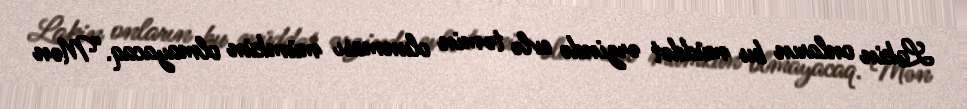
Lakin onların bu müddət ərzində evlə təmin olunması mümkün olmayacaq.“Mən